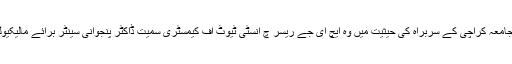
پروفیسر ڈاکٹرمحمد اقبال چوھدری کا تعلق شعبہ کیمیا سے ہے جبکہ آئی سی سی بی ایس، جامعہ کراچی کے سربراہ کی حیثیت میں وہ ایچ ای جے ریسر چ انسٹی ٹیوٹ آف کیمسٹری سمیت ڈاکٹر پنجوانی سینٹر برائے مالیکیولر میڈیسن اور ڈرگ ریسرچ جیسے بین الاقوامی شہرت یافتہ اداروں کی رہنمائی کرتے ہیں۔